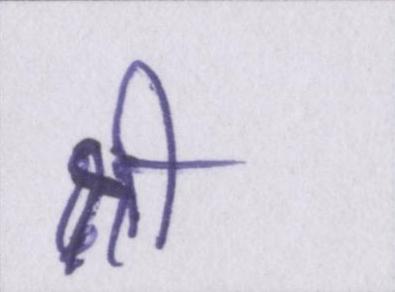
श्री